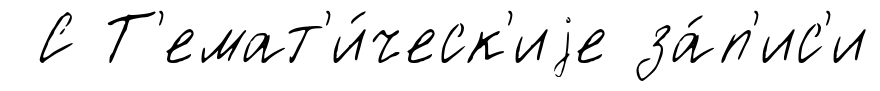
С Т'емат'и́ческ'иjе за́п'ис'и